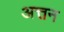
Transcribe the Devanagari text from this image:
अत्तन